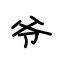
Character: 爷